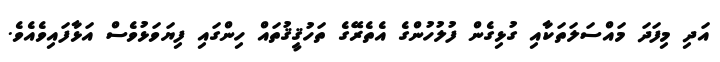
އަދި މިފަދަ މައްސަލަތަކާއި ގުޅިގެން ފުލުހުންގެ އެތެރޭގެ ތަހުޤީޤުތައް ހިންގައި ފިޔަވަޅުވެސް އަޅާފައިވެއެވެ.